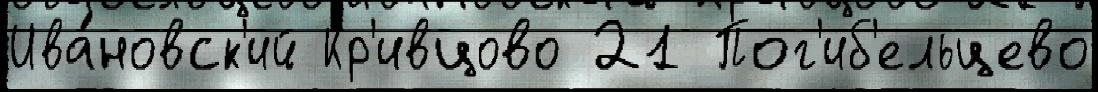
Ива́новск'ий Кр'ивцово 21 Пог'иб'ельцево